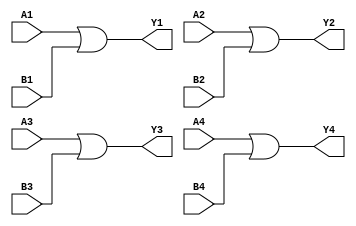

//Quad 2-input OR gate
module ic_7432(
    Y1, A1, B1,
    Y2, A2, B2,
    Y3, A3, B3,
    Y4, A4, B4);
    output Y1, Y2, Y3, Y4;
    input A1, B1, A2, B2, A3, B3, A4, B4;

    assign Y1 = (A1 | B1); 
    assign Y2 = (A2 | B2); 
    assign Y3 = (A3 | B3); 
    assign Y4 = (A4 | B4); 

endmodule